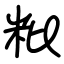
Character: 粃